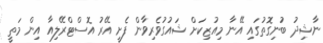
ނާޝިދު ބުނިގޮތުގައި އޭނާ މިއުޒިކަށް ޝައުގުވެރިވާން ފެށީ އޭރު އޮސްޓްރޭލިއާ އިން މަތީ